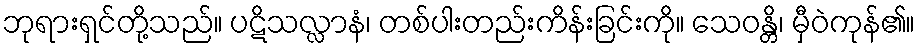
ဘုရားရှင်တို့သည်။ ပဋိသလ္လာနံ၊ တစ်ပါးတည်းကိန်းခြင်းကို။ သေဝန္တိ၊ မှီဝဲကုန်၏။